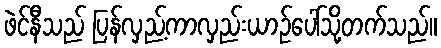
ဖဲင်နီသည် ပြန်လှည့်ကာလှည်းယာဉ်ပေါ်သို့တက်သည်။